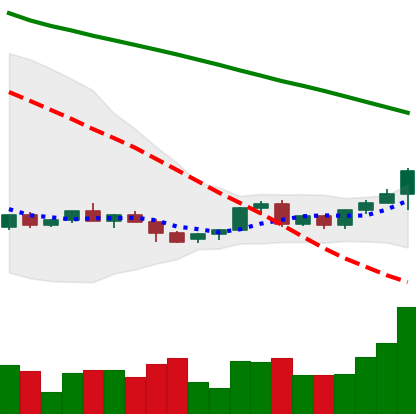
Ticker: LINK-USD
Chart end date: 2022-06-07
Forward return: -27.376%
Label: down_7plus